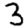
Digit: 3